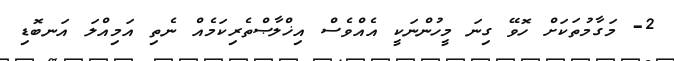
2- މަގާމުތަކަށް ހޮވޭ ގިނަ މީހުންނަކީ އެއްވެސް އިޚްލާޞްތެރިކަމެއް ނެތި އަމިއްލަ އަނބޮޑި